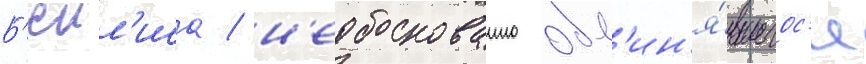
Б'еил'иса / н'еобоснованно обв'ин'я́вшегос'я